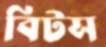
বিটস